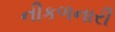
નીકળનારી